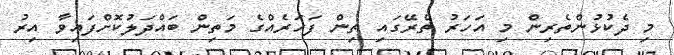
މި ދެކުޅުންތެރިން މި އަހަރު ތެރޭގައި ތިން ފަހަރެއްގެ މަތިން ބައްދަލުކޮށްފައިވާ އިރު